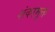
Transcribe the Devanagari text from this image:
शंकामुक्त